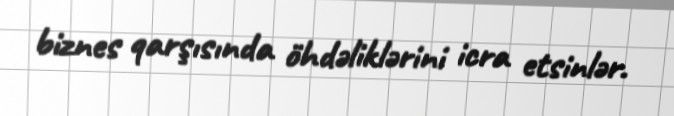
biznes qarşısında öhdəliklərini icra etsinlər.